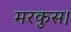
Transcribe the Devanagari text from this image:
मरकुस।